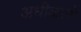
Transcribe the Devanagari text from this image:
अधीकारो